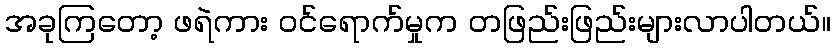
အခုကြတော့ ဖရဲကား ဝင်ရောက်မှုက တဖြည်းဖြည်းများလာပါတယ်။